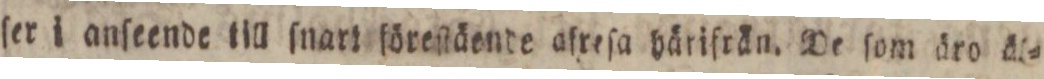
ſer i anſeende till ſnart ſöreſtäende afreſa härifrän. De ſom äro äl=